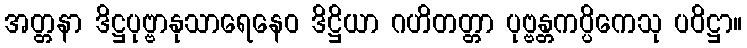
အတ္တနာ ဒိဋ္ဌပုဗ္ဗာနုသာရေနေဝ ဒိဋ္ဌိယာ ဂဟိတတ္တာ ပုဗ္ဗန္တကပ္ပိကေသု ပဝိဋ္ဌာ။